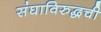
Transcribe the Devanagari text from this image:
संघाविरुद्धची